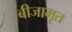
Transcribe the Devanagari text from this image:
बीजामृत